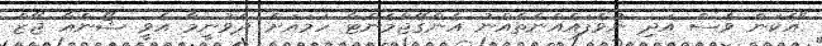
"އެކަން ވެސް އަދި ނުވެފައެއްނެތެއްނު އެންގޭޖްމެންޓާ ހަމައަށް ދެވުނީމާ އެވީ ޝޯންއާ ޖޭޒް